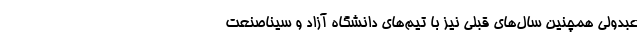
عبدولی همچنین سال‌های قبلی نیز با تیم‌های دانشگاه آزاد و سیناصنعت